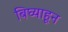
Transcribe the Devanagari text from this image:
बिघ्याहून